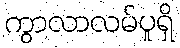
ကွာလာလမ်ပူရှိ